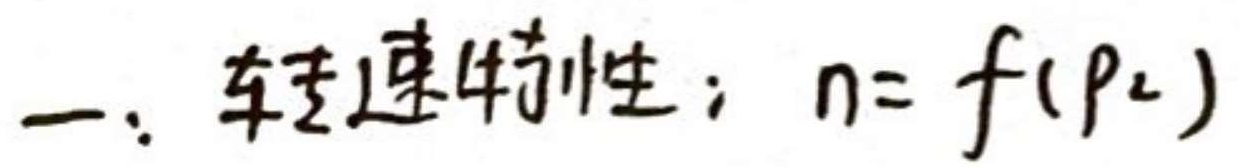
一、转速特性：$n = f(p_{2})$